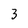
Character: 3